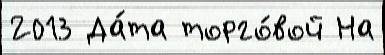
2013 Да́та торго́вой На